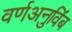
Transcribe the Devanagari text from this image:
वर्णअनुविंब